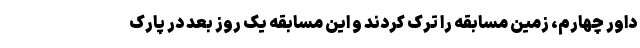
داور چهارم، زمین مسابقه را ترک کردند و این مسابقه یک روز بعد در پارک